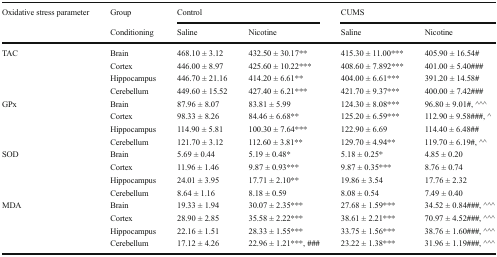
<table><thead><tr><td rowspan="2"><b>Oxidative stress parameter</b></td><td><b>Group</b></td><td colspan="2"><b>Control</b></td><td colspan="2"><b>CUMS</b></td></tr><tr><td><b>Conditioning</b></td><td><b>Saline</b></td><td><b>Nicotine</b></td><td><b>Saline</b></td><td><b>Nicotine</b></td></tr></thead><tbody><tr><td rowspan="4">TAC</td><td>Brain</td><td>468.10 ± 3.12</td><td>432.50 ± 30.17**</td><td>415.30 ± 11.00***</td><td>405.90 ± 16.54#</td></tr><tr><td>Cortex</td><td>446.00 ± 8.97</td><td>425.60 ± 10.22***</td><td>408.60 ± 7.892***</td><td>401.00 ± 5.40###</td></tr><tr><td>Hippocampus</td><td>446.70 ± 21.16</td><td>414.20 ± 6.61**</td><td>404.00 ± 6.61***</td><td>391.20 ± 14.58#</td></tr><tr><td>Cerebellum</td><td>449.60 ± 15.52</td><td>427.40 ± 6.21***</td><td>421.70 ± 9.37***</td><td>400.00 ± 7.42###</td></tr><tr><td rowspan="4">GPx</td><td>Brain</td><td>87.96 ± 8.07</td><td>83.81 ± 5.99</td><td>124.30 ± 8.08***</td><td>96.80 ± 9.01#, ^^^</td></tr><tr><td>Cortex</td><td>98.33 ± 8.26</td><td>84.46 ± 6.68**</td><td>125.20 ± 6.59***</td><td>112.90 ± 9.58###, ^</td></tr><tr><td>Hippocampus</td><td>114.90 ± 5.81</td><td>100.30 ± 7.64***</td><td>122.90 ± 6.69</td><td>114.40 ± 6.48##</td></tr><tr><td>Cerebellum</td><td>121.70 ± 3.12</td><td>112.60 ± 3.81**</td><td>129.70 ± 4.94**</td><td>119.70 ± 6.19#, ^^</td></tr><tr><td rowspan="4">SOD</td><td>Brain</td><td>5.69 ± 0.44</td><td>5.19 ± 0.48*</td><td>5.18 ± 0.25*</td><td>4.85 ± 0.20</td></tr><tr><td>Cortex</td><td>11.96 ± 1.46</td><td>9.87 ± 0.93***</td><td>9.87 ± 0.35***</td><td>8.76 ± 0.74</td></tr><tr><td>Hippocampus</td><td>24.01 ± 3.95</td><td>17.71 ± 2.10**</td><td>19.86 ± 3.54</td><td>17.76 ± 2.32</td></tr><tr><td>Cerebellum</td><td>8.64 ± 1.16</td><td>8.18 ± 0.59</td><td>8.08 ± 0.54</td><td>7.49 ± 0.40</td></tr><tr><td rowspan="4">MDA</td><td>Brain</td><td>19.33 ± 1.94</td><td>30.07 ± 2.35***</td><td>27.68 ± 1.59***</td><td>34.52 ± 0.84###, ^^^</td></tr><tr><td>Cortex</td><td>28.90 ± 2.85</td><td>35.58 ± 2.22***</td><td>38.61 ± 2.21***</td><td>70.97 ± 4.52###, ^^^</td></tr><tr><td>Hippocampus</td><td>22.16 ± 1.51</td><td>28.33 ± 1.55***</td><td>33.75 ± 1.56***</td><td>38.76 ± 1.60###, ^^^</td></tr><tr><td>Cerebellum</td><td>17.12 ± 4.26</td><td>22.96 ± 1.21***, ###</td><td>23.22 ± 1.38***</td><td>31.96 ± 1.19###, ^^^</td></tr></tbody></table>